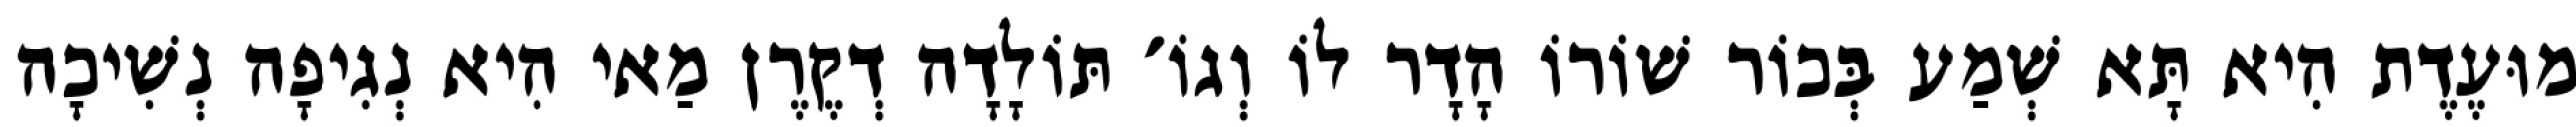
מוּעֶדֶת הִיא תָּא שְׁמַע בְּכוֹר שׁוֹרוֹ הָדָר לוֹ וְגוֹ׳ תּוֹלָדָה דְקֶרֶן מַאי הִיא נְגִיפָה נְשִׁיכָה